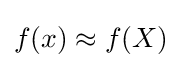
f(x)\approx f(X)